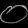
Digit: ၀